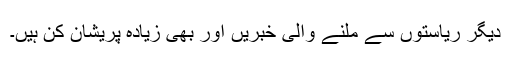
دیگر ریاستوں سے ملنے والی خبریں اور بھی زیادہ پریشان کن ہیں۔